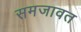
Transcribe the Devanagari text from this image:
समजावत